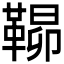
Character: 𮧠